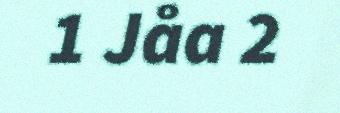
1 Jåa 2